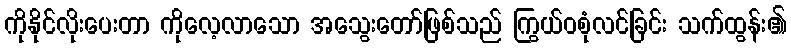
ကိုနိုင်လိုးပေးတာ ကိုလေ့လာသော အသွေးတော်ဖြစ်သည် ကြွယ်ဝစုံလင်ခြင်း သက်ထွန်း၏